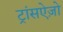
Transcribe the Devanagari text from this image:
ट्रांसऐज़ो